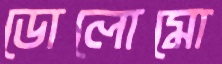
ডোলোমো